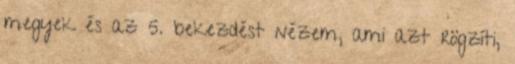
megyek és az 5. bekezdést nézem, ami azt rögzíti,